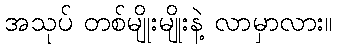
အသုပ် တစ်မျိုးမျိုးနဲ့ လာမှာလား။